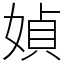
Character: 媜